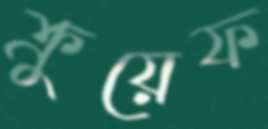
ক্রুয়েফ